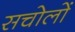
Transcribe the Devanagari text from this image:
सचोलों